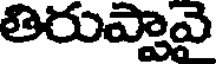
తిరుప్పావై